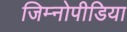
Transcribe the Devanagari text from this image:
जिम्नोपीडिया